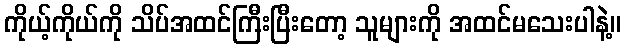
ကိုယ့်ကိုယ်ကို သိပ်အထင်ကြီးပြီးတော့ သူများကို အထင်မသေးပါနဲ့။